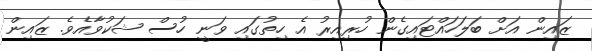
ޒައިން އަށް ބަލަހައްޓައިގެން ހުރިއިރު އެ ހިތުގައި ވަނީ ހުސް ޝަކުވާއެވެ. ޒައިން